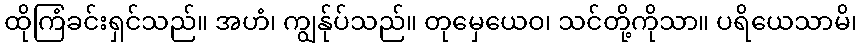
ထိုကြံခင်းရှင်သည်။ အဟံ၊ ကျွန်ုပ်သည်။ တုမှေယေဝ၊ သင်တို့ကိုသာ။ ပရိယေသာမိ၊